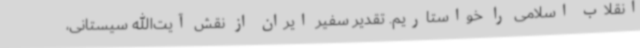
انقلاب اسلامی را خواستاریم. تقدیر سفیر ایران از نقش آیت‌الله سیستانی،